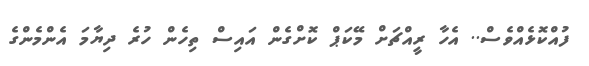
ފުއްކޮޅެއްވެސް.. އެހާ ރީއްޗަށް މޭކަޕް ކޮށްގެން އައިސް ތިހެން ހުރެ ދިޔާމަ އެންމެންގެ